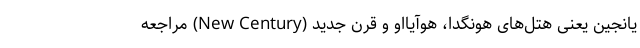
یانجین یعنی هتل‌های هونگدا، هوآیااو و قرن جدید (New Century) مراجعه